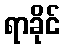
ရာခိုင်